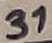
Text: 31